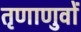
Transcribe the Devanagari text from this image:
तृणाणुवों